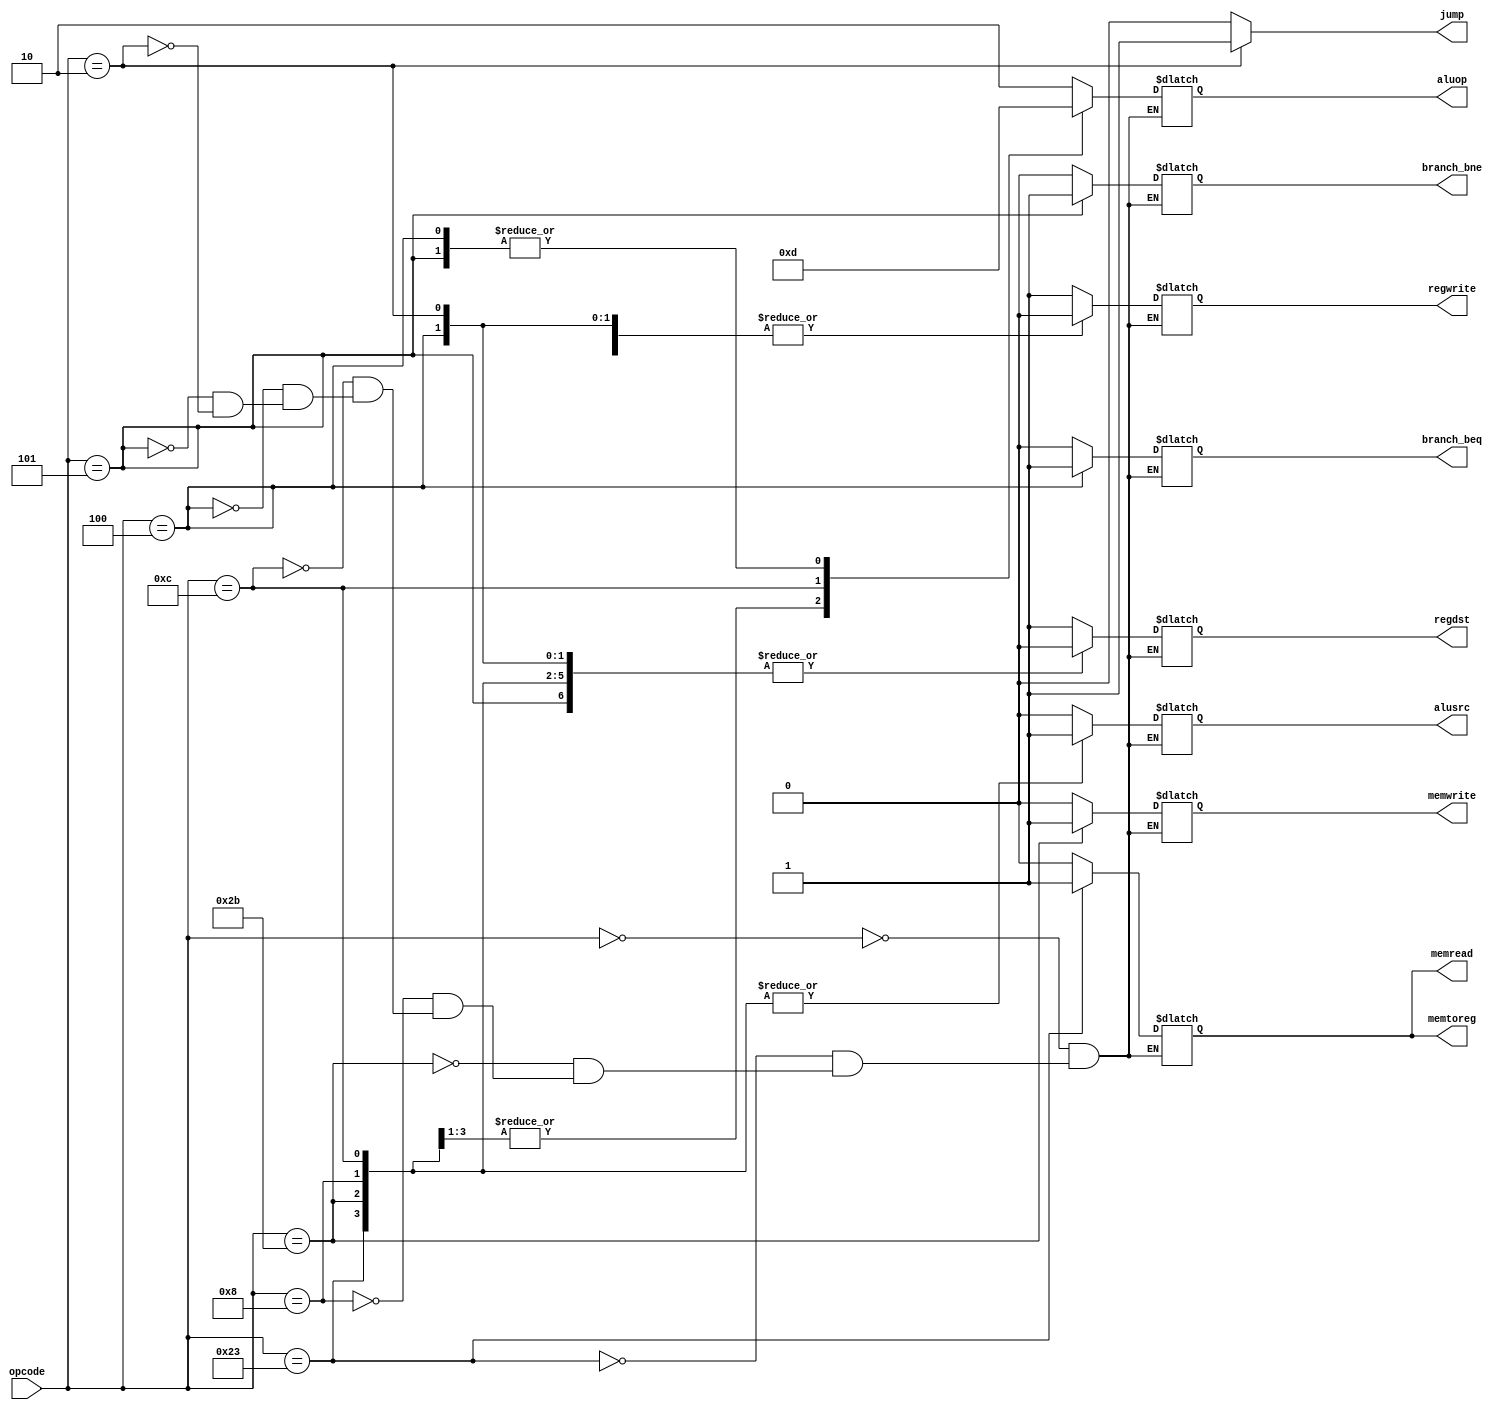
//opcode(input), OUTPUT: regDST, Jump, Branch beq, Branch bne,
    //memread, mem to reg, memwrite, regwrite, alu_src, alu_op
module control(opcode,
                    regdst, jump, branch_beq,
                    branch_bne, memread, memtoreg,
                    memwrite, regwrite, alusrc, aluop);
    
    input [5:0] opcode;
    output regdst, jump, branch_beq,
                branch_bne, memread, memtoreg,
                memwrite, regwrite, alusrc;
    output [1:0] aluop;

    reg regdst, jump, branch_beq,
                branch_bne, memread, memtoreg,
                memwrite, regwrite, alusrc;

    reg [1:0] aluop;

    //use <= instead of = to avoid order chaos

    initial begin
        regdst <= 1'b0;
        jump <= 1'b0;
        branch_beq <= 1'b0;
        branch_bne <= 1'b0;
        memread <= 1'b0;
        memtoreg <= 1'b0;
        memwrite <= 1'b0;
        regwrite <= 1'b0;
        alusrc <= 1'b0;
        aluop <= 2'b00;
    end


    always @(opcode) begin
        if(opcode==6'b000010) jump<=1'b1;
        else jump<=1'b0;
        case (opcode)
            6'b000000: begin    //r-type
                regdst <= 1'b1;
                //jump <= 1'b0;
                branch_beq <= 1'b0;
                branch_bne <= 1'b0;
                memread <= 1'b0;
                memtoreg <= 1'b0;
                memwrite <= 1'b0;
                regwrite <= 1'b1;
                alusrc <= 1'b0;
                aluop <= 2'b10;
            end
            6'b100011: begin    //lw
                regdst <= 1'b0;
                //jump <= 1'b0;
                branch_beq <= 1'b0;
                branch_bne <= 1'b0;
                memread <= 1'b1;
                memtoreg <= 1'b1;
                memwrite <= 1'b0;
                regwrite <= 1'b1;
                alusrc <= 1'b1;
                aluop <= 2'b00;
            end            
            6'b101011: begin    //sw
                regdst <= 1'b0;
                //jump <= 1'b0;
                branch_beq <= 1'b0;
                branch_bne <= 1'b0;
                memread <= 1'b0;
                memtoreg <= 1'b0;
                memwrite <= 1'b1;
                regwrite <= 1'b0;
                alusrc <= 1'b1;
                aluop <= 2'b00;
            end
            6'b001000: begin    //addi
                regdst <= 1'b0;
                //jump <= 1'b0;
                branch_beq <= 1'b0;
                branch_bne <= 1'b0;
                memread <= 1'b0;
                memtoreg <= 1'b0;
                memwrite <= 1'b0;
                regwrite <= 1'b1;
                alusrc <= 1'b1;
                aluop <= 2'b00;
            end
            6'b001100: begin    //andi
                regdst <= 1'b0;
                //jump <= 1'b0;
                branch_beq <= 1'b0;
                branch_bne <= 1'b0;
                memread <= 1'b0;
                memtoreg <= 1'b0;
                memwrite <= 1'b0;
                regwrite <= 1'b1;
                alusrc <= 1'b1;
                aluop <= 2'b11;
            end
            6'b000100: begin    //beq
                regdst <= 1'b0;
                //jump <= 1'b0;
                branch_beq <= 1'b1;
                branch_bne <= 1'b0;
                memread <= 1'b0;
                memtoreg <= 1'b0;
                memwrite <= 1'b0;
                regwrite <= 1'b0;
                alusrc <= 1'b0;
                aluop <= 2'b01;
            end
            6'b000101: begin    //bne
                regdst <= 1'b0;
                //jump <= 1'b0;
                branch_beq <= 1'b0;
                branch_bne <= 1'b1;
                memread <= 1'b0;
                memtoreg <= 1'b0;
                memwrite <= 1'b0;
                regwrite <= 1'b0;
                alusrc <= 1'b0;
                aluop <= 2'b01;
            end
            6'b000010: begin    //j
                regdst <= 1'b0;
                //jump <= 1'b1;
                branch_beq <= 1'b0;
                branch_bne <= 1'b0;
                memread <= 1'b0;
                memtoreg <= 1'b0;
                memwrite <= 1'b0;
                regwrite <= 1'b0;
                alusrc <= 1'b0;
                aluop <= 2'b10;
            end
        endcase
    end

endmodule